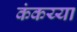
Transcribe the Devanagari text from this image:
कंकय्या